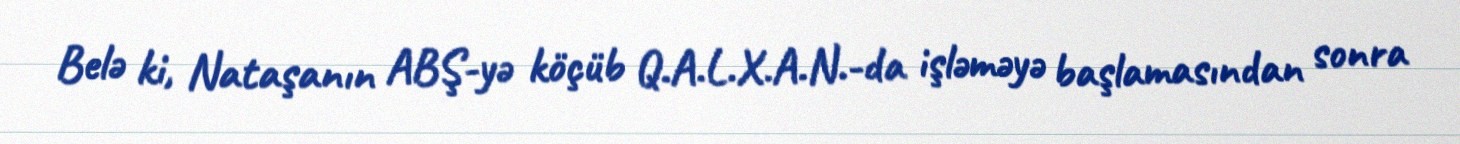
Belə ki, Nataşanın ABŞ-yə köçüb Q.A.L.X.A.N.-da işləməyə başlamasından sonra